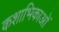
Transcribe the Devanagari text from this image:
कशाभिकाओं